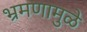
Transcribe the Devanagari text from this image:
भ्रमणामुळे